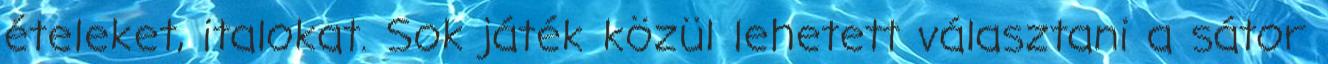
ételeket, italokat. Sok játék közül lehetett választani a sátor